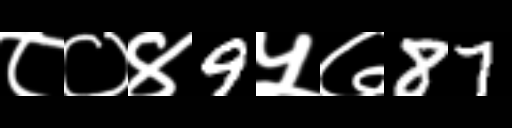
Text: ८०४9५७87